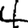
Digit: 4